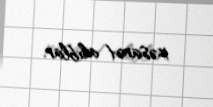
xəsarət alıblar.